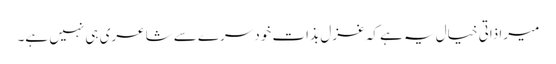
میرا ذاتی خیال یہ ہے کہ غزل بذاتِ خود سرے سے شاعری ہی نہیں ہے۔